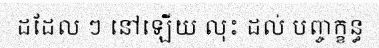
ដដែល ៗ នៅឡើយ លុះ ដល់ បញ្ចក្ខន្ធ